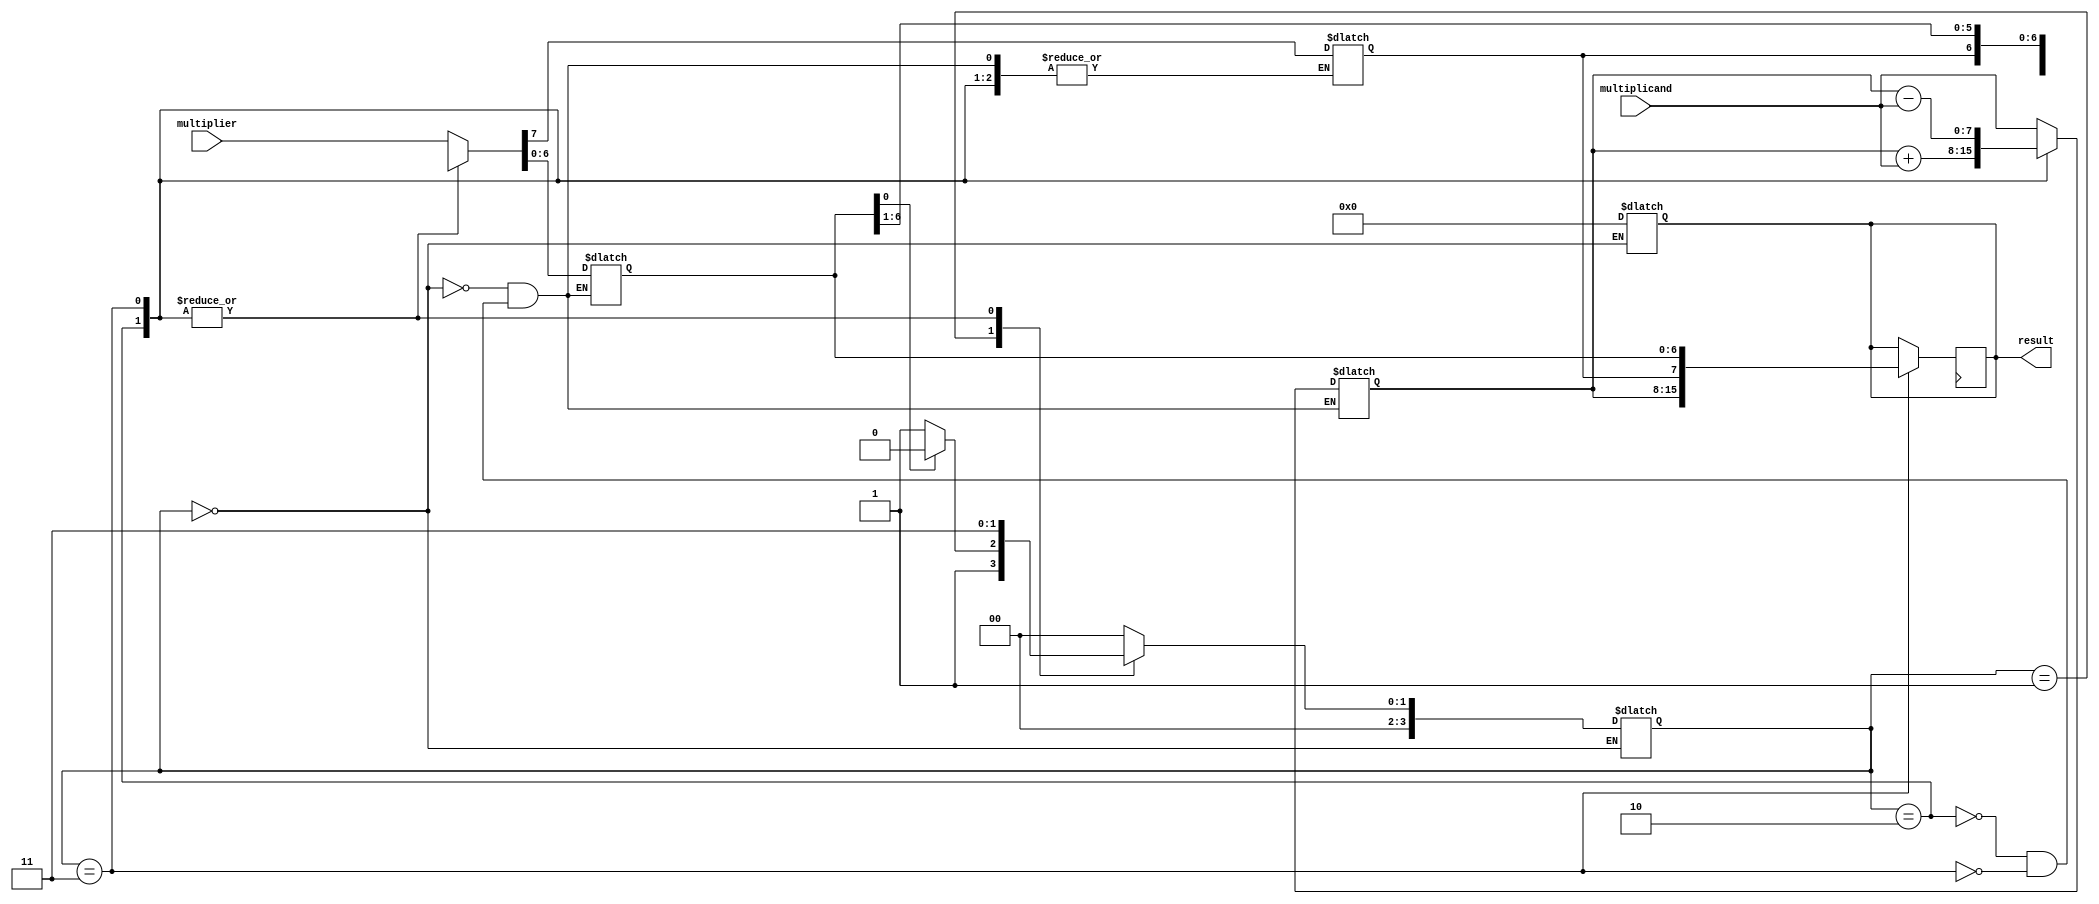
module booth_multiplier(
    input [7:0] multiplicand,
    input [7:0] multiplier,
    output reg [15:0] result
);

reg [7:0] A_reg, Q_reg;
reg [3:0] state;

always @(*) begin
    case(state)
        4'b0000: begin // initialize registers
            A_reg = multiplicand;
            Q_reg = multiplier;
            result = 0;
        end
        4'b0001: begin // Booth algorithm step 1: check LSB of Q
            if(Q_reg[0] == 1)
                state = 4'b0010;
            else
                state = 4'b0011;
        end
        4'b0010: begin // Booth algorithm step 2: A = A + multiplicand, Q = Q >> 1
            A_reg = A_reg + multiplicand;
            Q_reg = {Q_reg[7], Q_reg[7:1]};
            state = 4'b0011;
        end
        4'b0011: begin // Booth algorithm step 3: A = A - multiplicand, Q = Q >> 1
            A_reg = A_reg - multiplicand;
            Q_reg = {Q_reg[7], Q_reg[7:1]};
            state = 4'b0011;
        end
        default: state = 4'b0000;
    endcase
end

always @(posedge clk) begin
    if(state == 4'b0011) begin
        result = {A_reg, Q_reg};
    end
end

endmodule